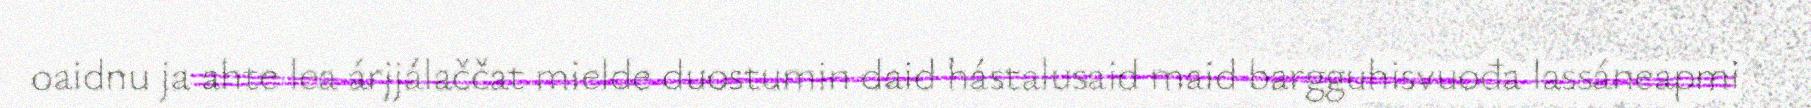
oaidnu ja ahte lea árjjálaččat mielde duostumin daid hástalusaid maid bargguhisvuođa lassáneapmi